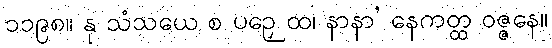
၁၁၉၈။ နု သံသယေ စ ပဉှေ ထ၊ နာနာ’ နေကတ္ထ ဝဇ္ဇနေ။